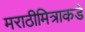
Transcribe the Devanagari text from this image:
मराठीमित्राकडे